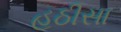
હઠીસા